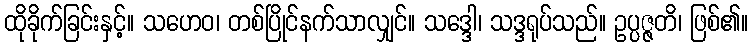
ထိုခိုက်ခြင်းနှင့်။ သဟေဝ၊ တစ်ပြိုင်နက်သာလျှင်။ သဒ္ဒေါ၊ သဒ္ဒရုပ်သည်။ ဥပ္ပဇ္ဇတိ၊ ဖြစ်၏။